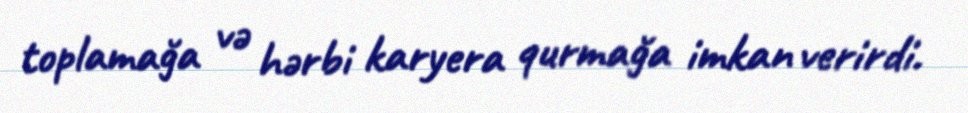
toplamağa və hərbi karyera qurmağa imkan verirdi.